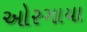
ઓરગાયા